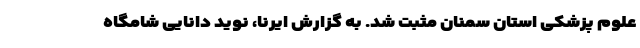
علوم پزشکی استان سمنان مثبت شد. به گزارش ایرنا، نوید دانایی شامگاه